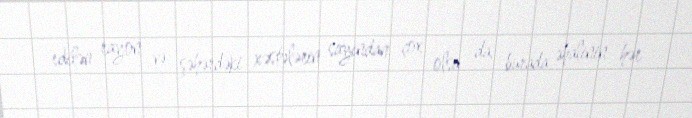
edilən rayon və şəhərdəki xəstələrin sayından çox olsa da, burada əhalinin hər